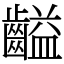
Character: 齸